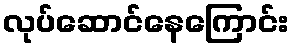
လုပ်ဆောင်နေကြောင်း